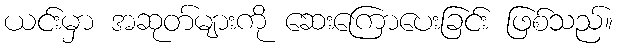
ယင်းမှာ အဆုတ်များကို ဆေးကြောပေးခြင်း ဖြစ်သည်။